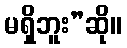
မရှိဘူး”ဆို။